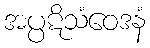
အပ္ပဋိသံဝေဒနံ